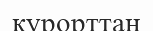
курорттан